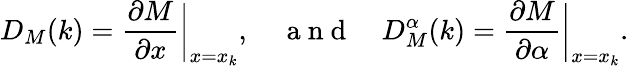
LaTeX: D_{M}(k)=\frac{\partial M}{\partial x}\bigg|_{x=x_{k}},\quad\mathrm{~a~n~d~}\quad D_{M}^{\alpha}(k)=\frac{\partial M}{\partial\alpha}\bigg|_{x=x_{k}}.